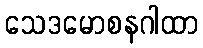
သေဒမောစနဂါထာ